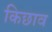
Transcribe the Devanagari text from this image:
किछाव